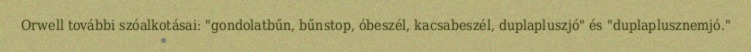
Orwell további szóalkotásai: "gondolatbűn, bűnstop, óbeszél, kacsabeszél, duplapluszjó" és "duplaplusznemjó."